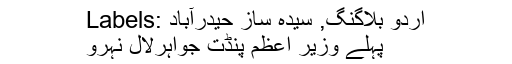
Labels: اردو بلاگنگ, سیدہ ساز حیدرآباد
پہلے وزیر اعظم پنڈت جواہرلال نہرو